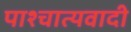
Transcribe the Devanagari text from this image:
पाश्चात्यवादी